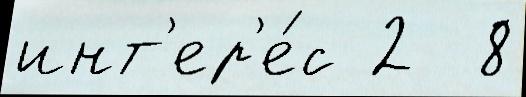
инт'ер'е́с 2  8